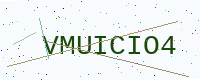
Text: VMUICIO4